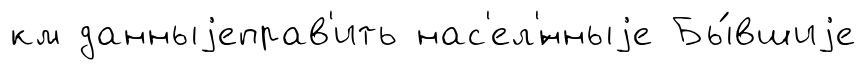
км данныjеправ'ить нас'ел'́нныjе Бы́вшиjе